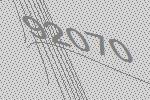
92070